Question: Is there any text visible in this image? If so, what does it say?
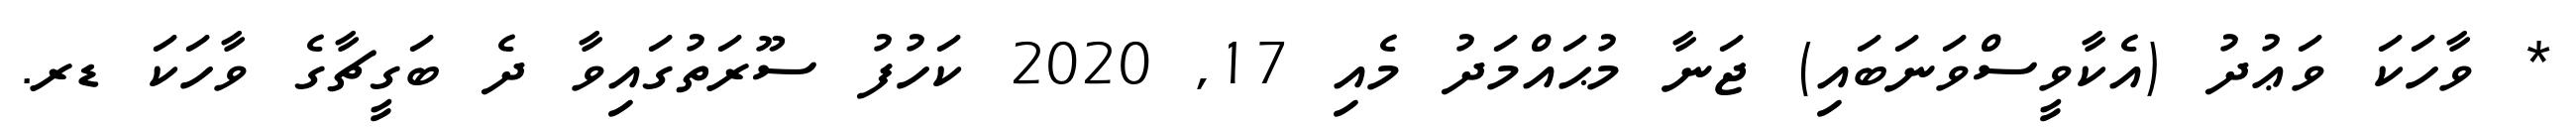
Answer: * ވާހަކަ ވަޢުދު (އެކާވީސްވަނަބައި) ޖަނާ މުޙައްމަދު މެއި 17, 2020 ކަހުފު ސޫރަތުގައިވާ ދެ ބަގީޗާގެ ވާހަކަ ޑރ.